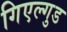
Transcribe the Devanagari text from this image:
गिएल्गुड